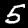
Digit: 5